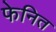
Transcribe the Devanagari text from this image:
फेनित